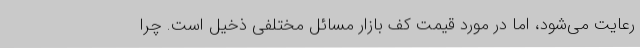
رعایت می‌شود، اما در مورد قیمت کف بازار مسائل مختلفی ذخیل است. چرا